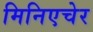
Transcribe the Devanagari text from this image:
मिनिएचेर